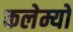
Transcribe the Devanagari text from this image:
कलेम्यो